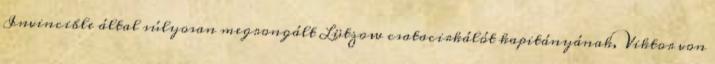
Invincible által súlyosan megrongált Lützow csatacirkálót kapitányának, Viktor von